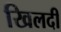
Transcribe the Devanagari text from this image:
खिलदी